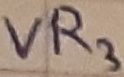
Text: VR3